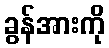
ခွန်အားကို